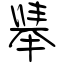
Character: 舉